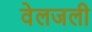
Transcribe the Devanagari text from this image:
वेलजली